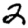
Digit: 2